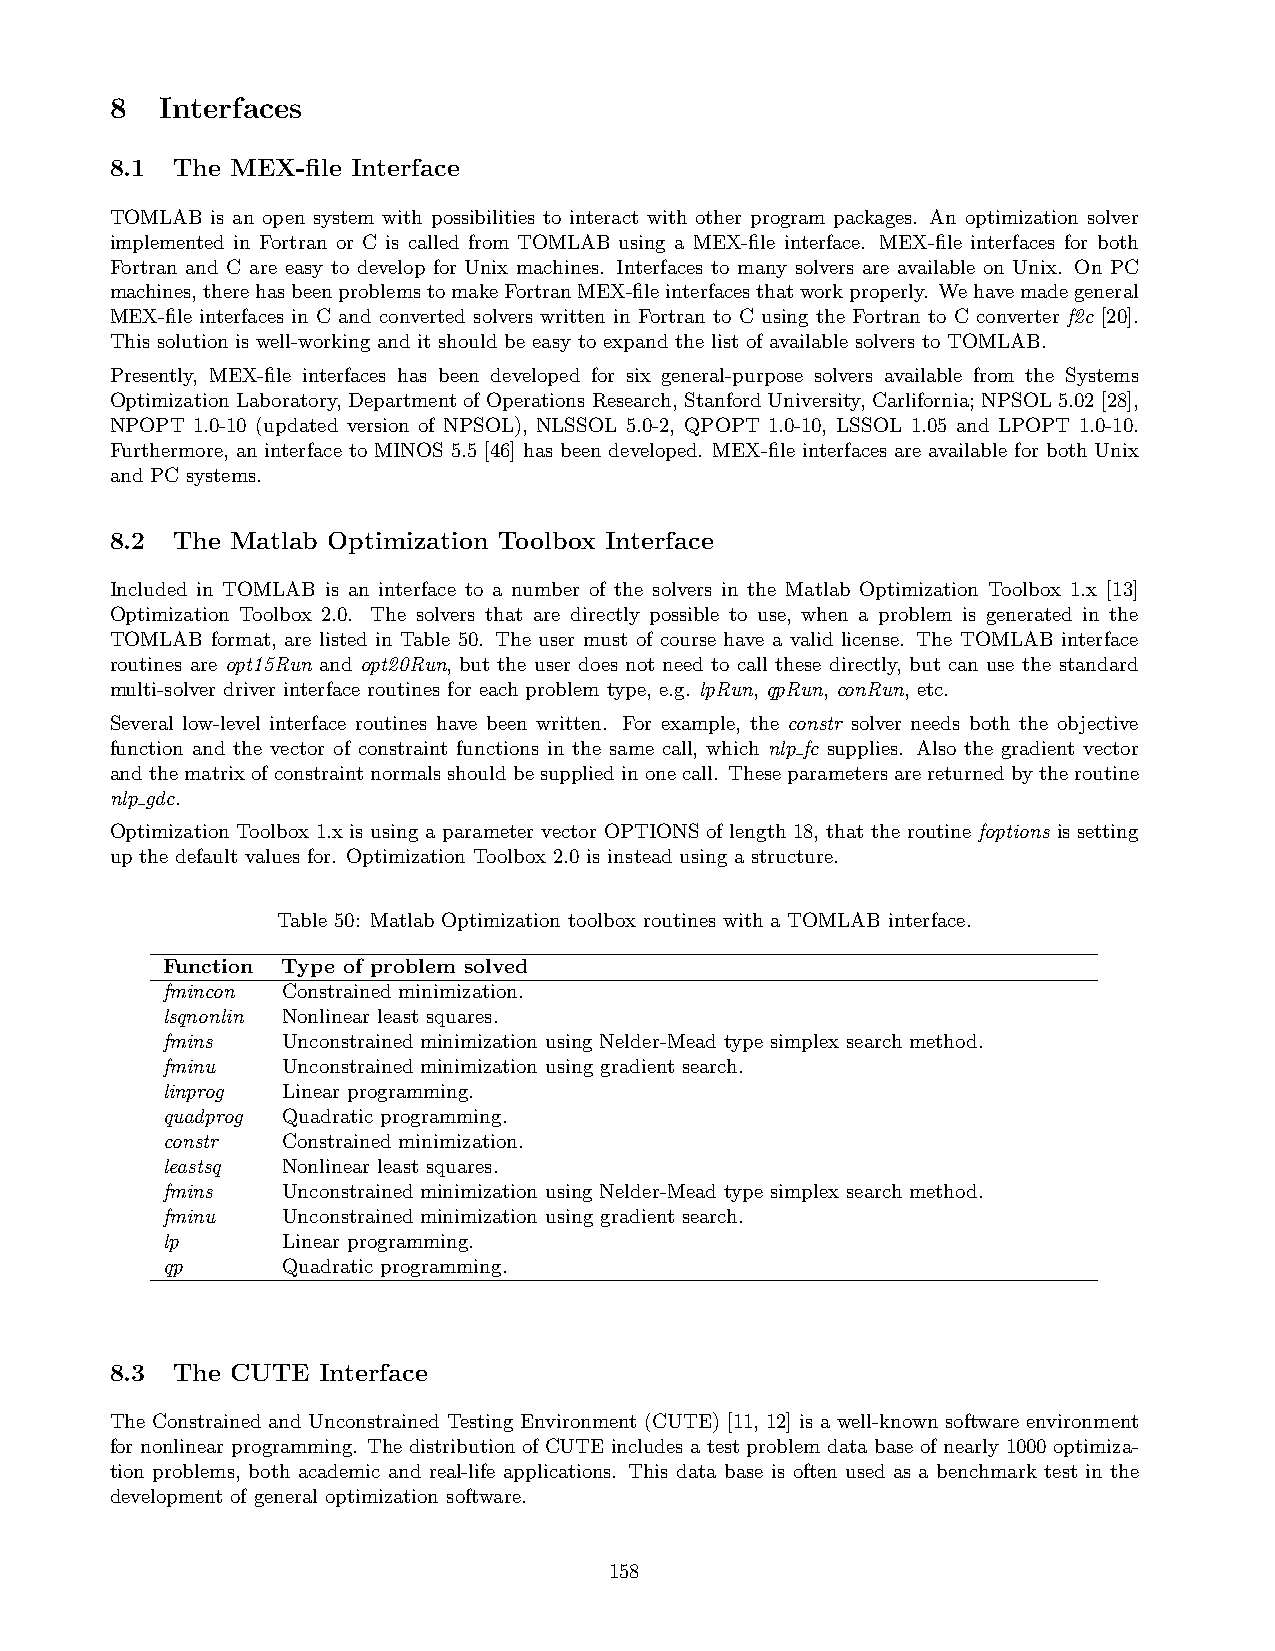
8   Interfaces
 8.1 The MEX-file Interface
 TOMLAB is an open system with possibilities to interact with other program packages. An optimization solver
 implemented in Fortran or C is called from TOMLAB using a MEX-file interface. MEX-file interfaces for both
 Fortran and C are easy to develop for Unix machines. Interfaces to many solvers are available on Unix. On PC
 machines,therehasbeenproblemstomakeFortranMEX-fileinterfacesthatworkproperly. Wehavemadegeneral
 MEX-file interfaces in C and converted solvers written in Fortran to C using the Fortran to C converter f2c [20].
 This solution is well-working and it should be easy to expand the list of available solvers to TOMLAB.
 Presently, MEX-file interfaces has been developed for six general-purpose solvers available from the Systems
 OptimizationLaboratory, DepartmentofOperationsResearch, StanfordUniversity, Carlifornia; NPSOL5.02[28],
 NPOPT 1.0-10 (updated version of NPSOL), NLSSOL 5.0-2, QPOPT 1.0-10, LSSOL 1.05 and LPOPT 1.0-10.
 Furthermore, an interface to MINOS 5.5 [46] has been developed. MEX-file interfaces are available for both Unix
 and PC systems.
 8.2 The Matlab Optimization Toolbox Interface
 Included in TOMLAB is an interface to a number of the solvers in the Matlab Optimization Toolbox 1.x [13]
 Optimization Toolbox 2.0. The solvers that are directly possible to use, when a problem is generated in the
 TOMLAB format, are listed in Table 50. The user must of course have a valid license. The TOMLAB interface
 routines are opt15Run and opt20Run, but the user does not need to call these directly, but can use the standard
 multi-solver driver interface routines for each problem type, e.g. lpRun, qpRun, conRun, etc.
 Several low-level interface routines have been written. For example, the constr solver needs both the objective
 function and the vector of constraint functions in the same call, which nlp fc supplies. Also the gradient vector
 andthematrixofconstraintnormalsshouldbesuppliedinonecall. Theseparametersarereturnedbytheroutine
 nlp gdc.
 Optimization Toolbox 1.x is using a parameter vector OPTIONS of length 18, that the routine foptions is setting
 up the default values for. Optimization Toolbox 2.0 is instead using a structure.
 Table 50: Matlab Optimization toolbox routines with a TOMLAB interface.
 Function Type of problem solved
 fmincon Constrained minimization.
 lsqnonlin Nonlinear least squares.
 fmins   Unconstrained minimization using Nelder-Mead type simplex search method.
 fminu   Unconstrained minimization using gradient search.
 linprog Linear programming.
 quadprog Quadratic programming.
 constr  Constrained minimization.
 leastsq Nonlinear least squares.
 fmins   Unconstrained minimization using Nelder-Mead type simplex search method.
 fminu   Unconstrained minimization using gradient search.
 lp      Linear programming.
 qp      Quadratic programming.
 8.3 The CUTE  Interface
 The Constrained and Unconstrained Testing Environment (CUTE) [11, 12] is a well-known software environment
 for nonlinear programming. The distribution of CUTE includes a test problem data base of nearly 1000 optimiza-
 tion problems, both academic and real-life applications. This data base is often used as a benchmark test in the
 development of general optimization software.
 158